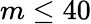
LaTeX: m\leq 40